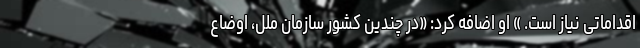
اقداماتی نیاز است. » او اضافه کرد: «در چندین کشور سازمان ملل، اوضاع